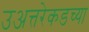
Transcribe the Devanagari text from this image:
उअत्तरेकडच्या